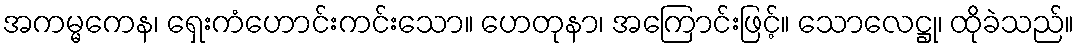
အကမ္မကေန၊ ရှေးကံဟောင်းကင်းသော။ ဟေတုနာ၊ အကြောင်းဖြင့်။ သောလေဋ္ဌု၊ ထိုခဲသည်။